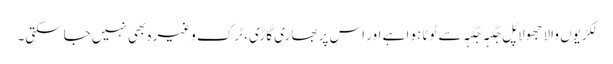
لکڑیوں والا جھولا پُل جگہہ جگہہ سے ٹوٹا ہوا ہے اور اس پر بھاری گاڑی، ٹرک وغیرہ بھی نہیں جاسکتی۔